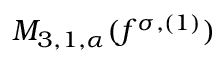
M _ { 3 , 1 , \alpha } ( f ^ { \sigma , ( 1 ) } )